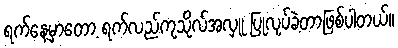
ရက်နေ့မှာတော့ ရက်လည်ကုသိုလ်အလှူ ပြုလုပ်ခဲ့တာဖြစ်ပါတယ်။